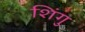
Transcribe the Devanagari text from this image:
शिंगु